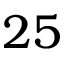
2 5